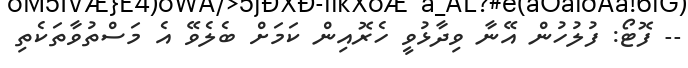
-- ފޮޓޯ: ފުލުހުން އޭނާ ވިދާޅުވީ ހެރޮއިން ކަމަށް ބެލެވޭ އެ މަސްތުވާތަކެތި